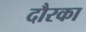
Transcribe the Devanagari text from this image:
दौरका